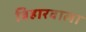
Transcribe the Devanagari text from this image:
बिहारवाला